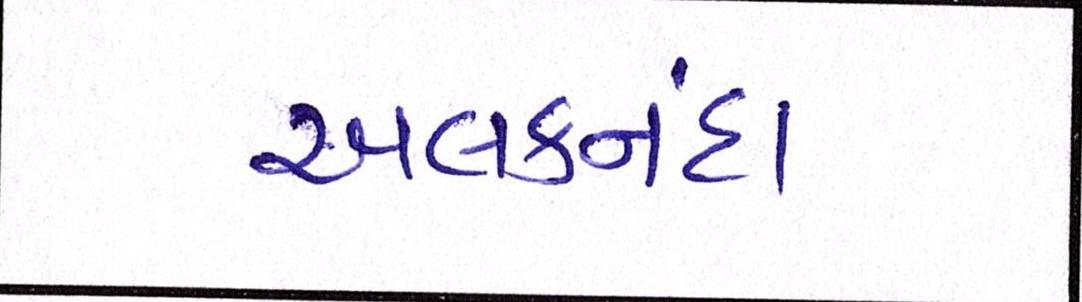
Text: અલકનંદા